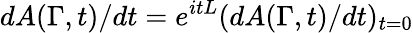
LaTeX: dA(\Gamma,t)/dt=e^{itL}(dA(\Gamma,t)/dt)_{t=0}